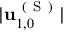
\vert \mathbf { u } _ { 1 , 0 } ^ { \mathrm { ~ ( ~ S ~ ) ~ } } \vert